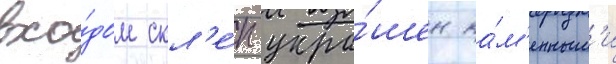
вхо́дом скл'е́п укра́шен ка́м'енным'и